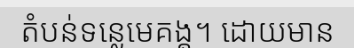
តំបន់ទន្លេមេគង្គ។ ដោយមាន